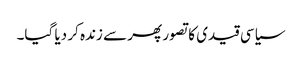
سیاسی قیدی کا تصور پھر سے زندہ کر دیا گیا۔